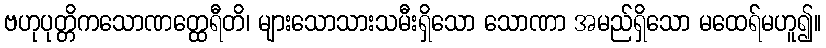
ဗဟုပုတ္တိကသောဏတ္ထေရီတိ၊ များသောသားသမီးရှိသော သောဏာ အမည်ရှိသော မထေရ်မဟူ၍။